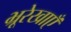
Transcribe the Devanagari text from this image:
भ्रूरेखाएँ